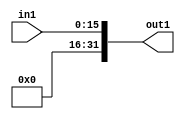
module zeroext(in1,out1);
input [15:0] in1;
output [31:0] out1;
assign 	 out1 = {{ 16 {1'b0}}, in1};
endmodule